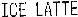
ICE LATTE